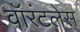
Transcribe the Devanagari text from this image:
वॉरंटलेस